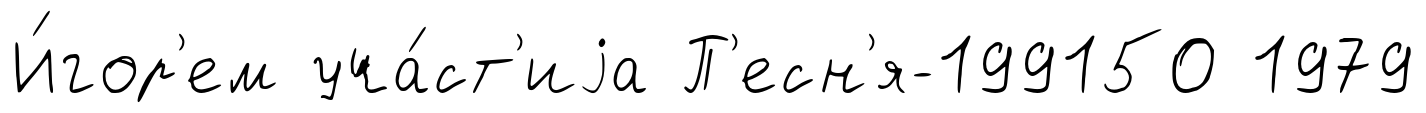
И́гор'ем уча́ст'иjа П'есн'я-199150 1979